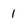
Character: 1